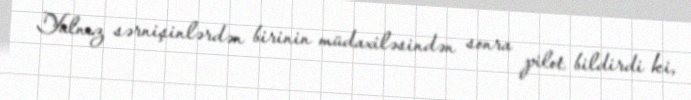
Yalnız sərnişinlərdən birinin müdaxiləsindən sonra pilot bildirdi ki,